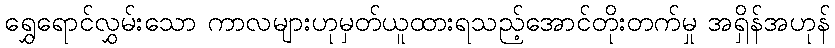
ရွှေရောင်လွှမ်းသော ကာလများဟုမှတ်ယူထားရသည့်အောင်တိုးတက်မှု အရှိန်အဟုန်